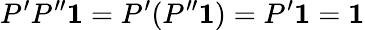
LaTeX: P^{\prime}P^{\prime\prime}\mathbf{1}=P^{\prime}(P^{\prime\prime}\mathbf{1})=P^{\prime}\mathbf{1}=\mathbf{1}